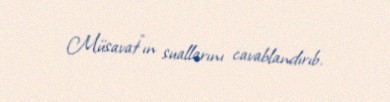
Müsavat”ın suallarını cavablandırıb.